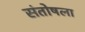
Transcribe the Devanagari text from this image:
संतोषला